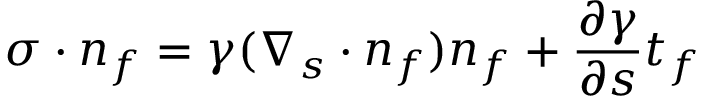
\boldsymbol { \sigma } \cdot \boldsymbol { n _ { f } } = \gamma ( \nabla _ { s } \cdot \boldsymbol { n _ { f } } ) \boldsymbol { n _ { f } } + \frac { \partial \gamma } { \partial s } \boldsymbol { t _ { f } }